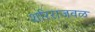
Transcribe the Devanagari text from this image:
शरिराजवळ